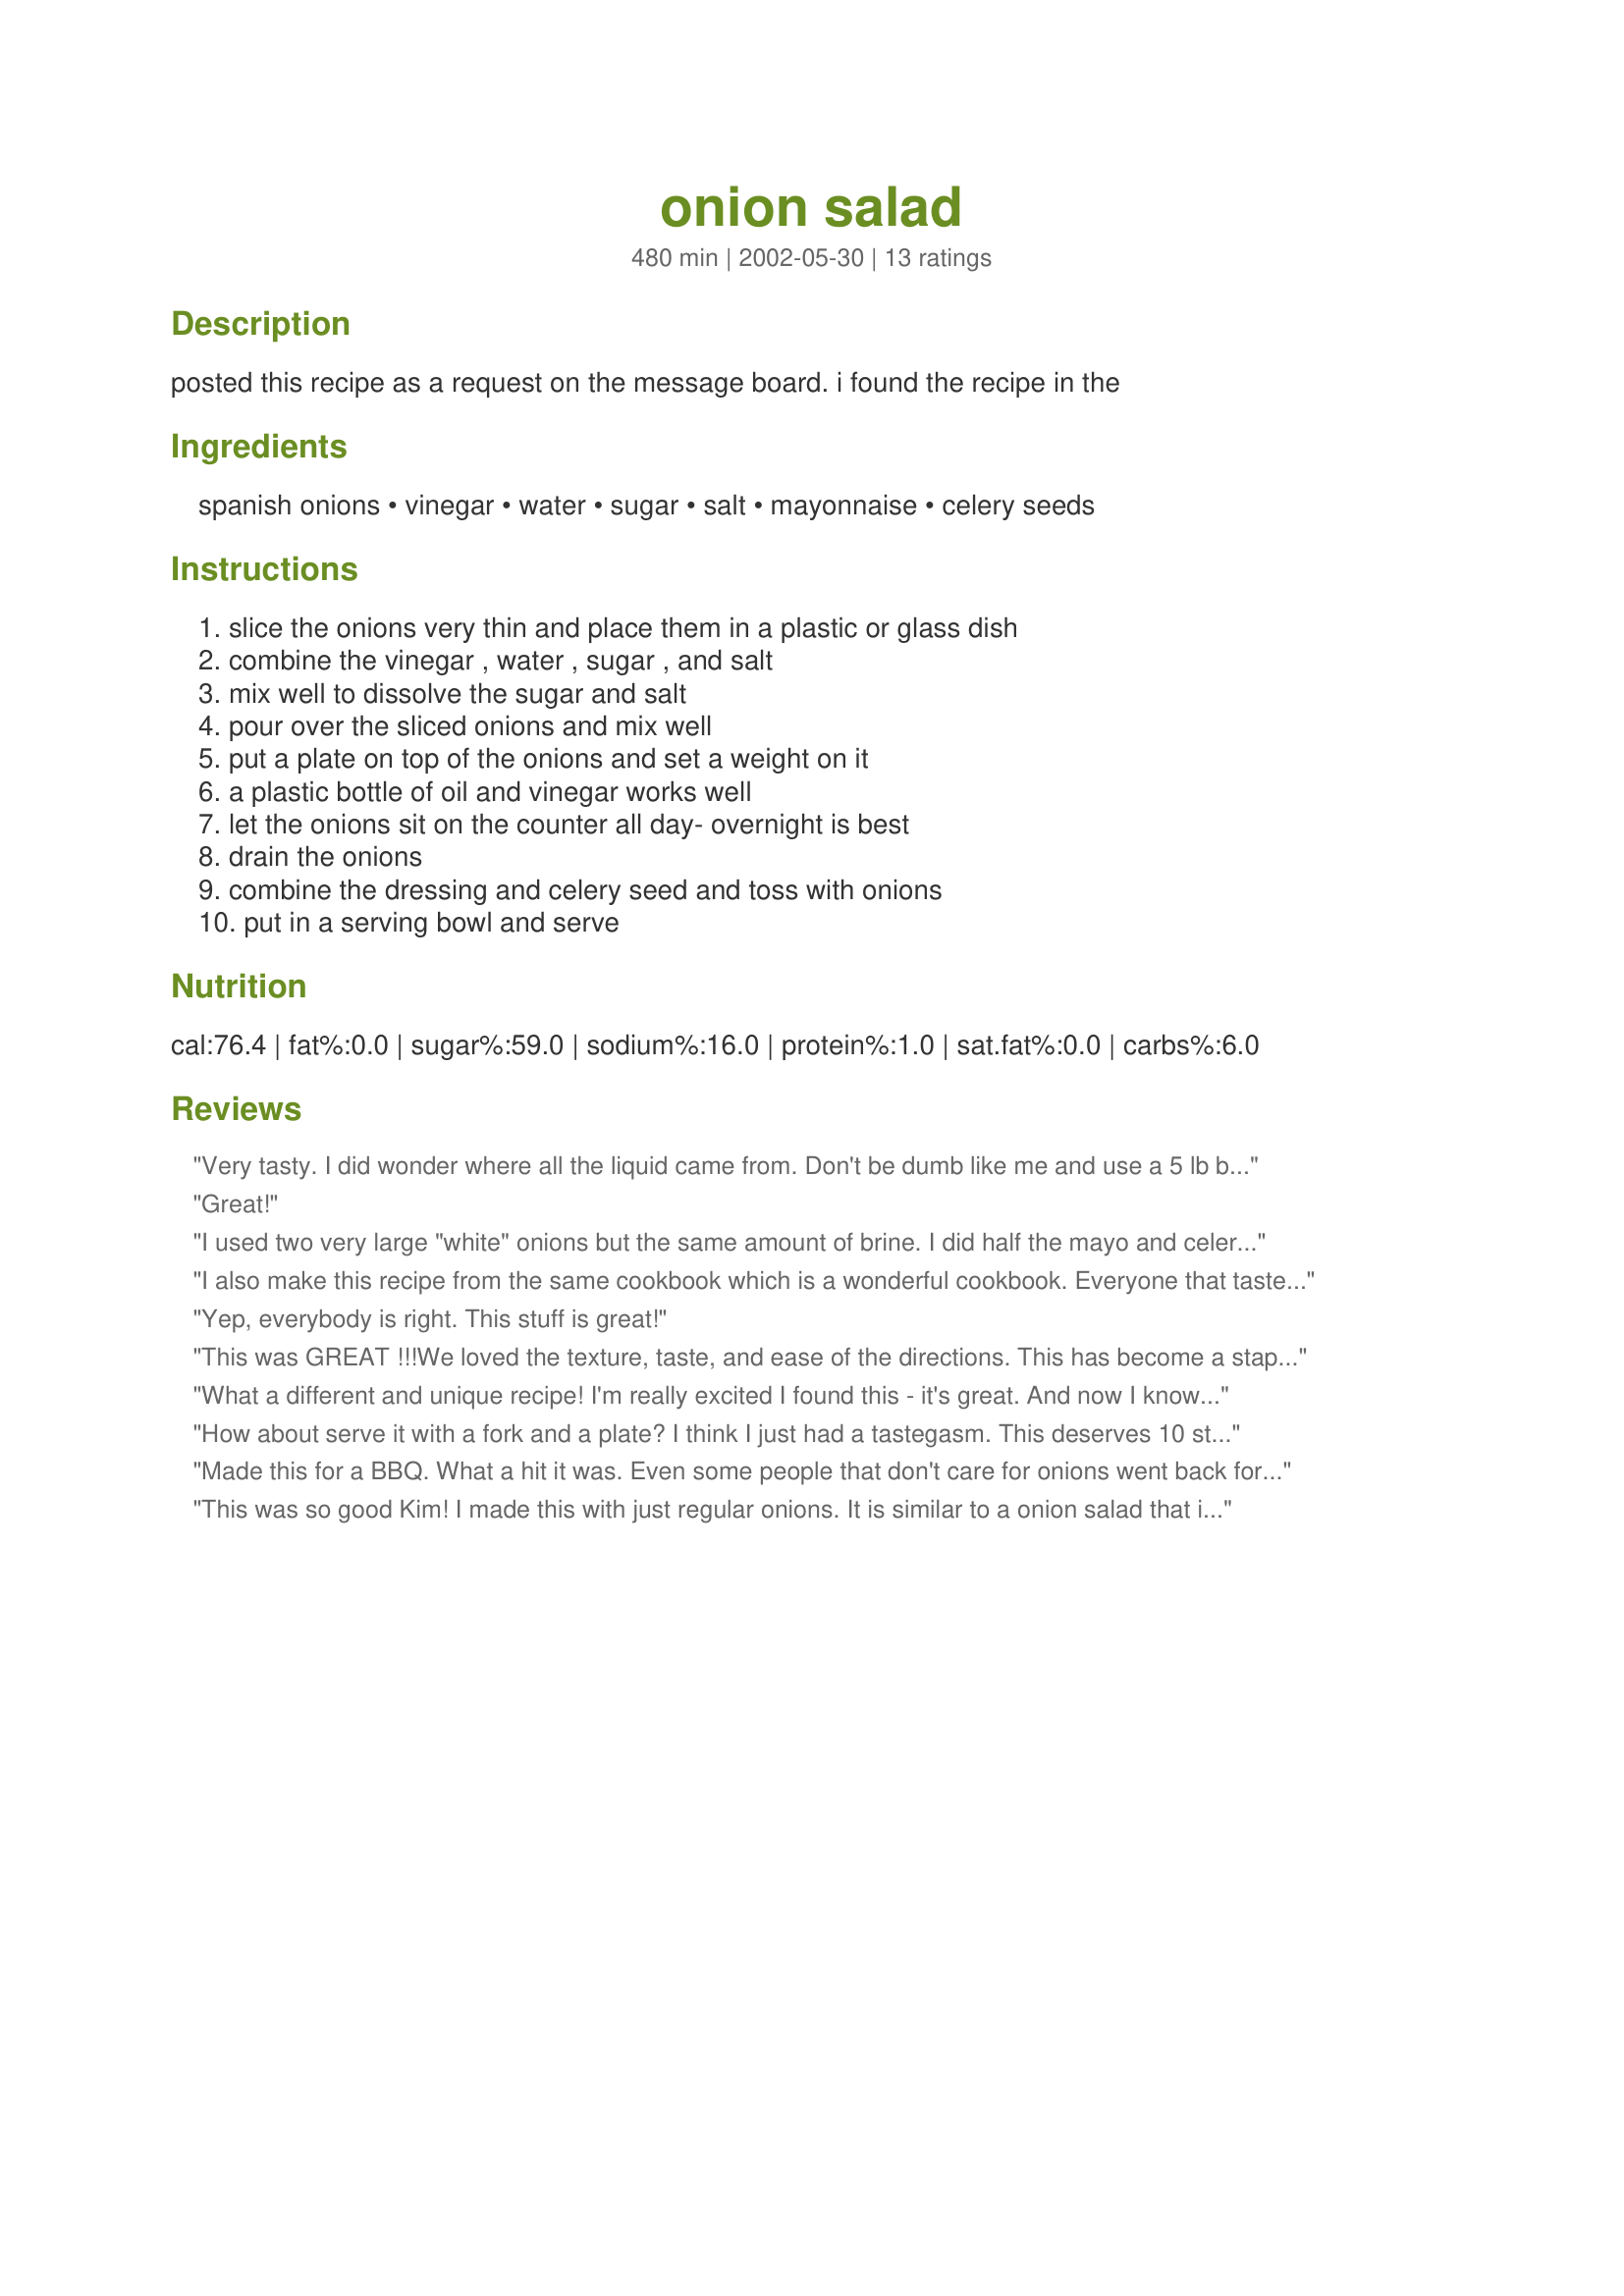
onion salad
Preparation time: 480 minutes

posted this recipe as a request on the message board. i found the recipe in the

Ingredients:
spanish onions, vinegar, water, sugar, salt, mayonnaise, celery seeds

Steps:
slice the onions very thin and place them in a plastic or glass dish, combine the vinegar , water , sugar , and salt, mix well to dissolve the sugar and salt, pour over the sliced onions and mix well, put a plate on top of the onions and set a weight on it, a plastic bottle of oil and vinegar works well, let the onions sit on the counter all day- overnight is best, drain the onions, combine the dressing and celery seed and toss with onions, put in a serving bowl and serve

Reviews:
Very tasty. I did wonder where all the liquid came from. Don't be dumb like me and use a 5 lb bag of flour for a weight. (it was sitting there handy...) The bowl was chock full of onions with maybe an inch of vinegar mix. Next thing I knew, the flour was swimming in vinegar. (Where's my sign?)
Great!
I used two very large "white" onions but the same amount of brine. I did half the mayo and celery seeds. This was an excellent side dish and well received by my company.
I also make this recipe from the same cookbook which is a wonderful cookbook. Everyone that tastes this salad loves it. Will be making it again soon. Thanks for sharing this with everyone. Definitely a great keeper!!!
 Yep, everybody is right. This stuff is great!
This was GREAT !!!<br/>We loved the texture, taste, and ease of the directions. This has become a staple for our weekly Hot Dog Bar night. I also made for a BBQ and like the other comments, it was gone before we knew it. Thanks for everything. A new family favorite.
What a different and unique recipe! I'm really excited I found this - it's great. And now I know what to do with that huge Costco bag of onions!
How about serve it with a fork and a plate? I think I just had a tastegasm. This deserves 10 stars if you're an onion lover.
Made this for a BBQ. What a hit it was. Even some people that don't care for onions went back for seconds,said that they didn't really taste like onions. I used white spanish onions. Great recipe!!!
This was so good Kim! I made this with just regular onions.
It is similar to a onion salad that is served at one of the major restaurants in my city. Didn't change a thing. I'll be making this at my next BBQ party. Thank you so much for sharing Kim, great recipe! Kittencal:)
I used white onions and followed the recipe. I put the mixture into a zip-lock bag left it a few inches un-zipped, set it into a bowl in case of overflow, there was none. I let it marinate over night. WOW!!! I thought what does this taste like? Then it dawned on me, sweet pickles but with an onion taste. I later added thinly sliced celery for extra crunch. I think these onions would work like a "top secret" special ingredient in potato salad! Shhh! It's our secret lol!
Who would think so many people could be impresed with an onion salad!! Impressed they are, they keep coming back for seconds for this one. I am always looking for side dishes and salads to use for those special company meals. This one is a winner. I find serving this in a glass bowl appeals to the eye! Guests love , family love I love it! Gerry 999
I used white onions, but only 4 medium sized ones. I used the whole amount of the brine ingredients, let it sit all day, then halved the salad dressing and celery seeds. We piled the onions on top of burgers for supper. Great!!
